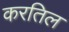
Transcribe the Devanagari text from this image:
करतिल